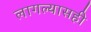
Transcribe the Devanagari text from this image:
लागल्यासही